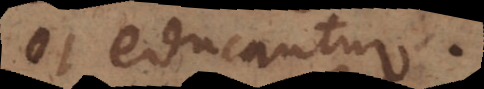
et educantur.